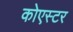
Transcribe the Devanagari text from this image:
कोएस्टर